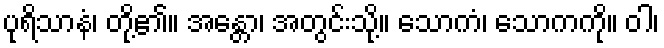
ပုရိသာနံ၊ တို့၏။ အန္တော၊ အတွင်းသို့။ သောကံ၊ သောကကို။ ဝါ၊